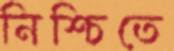
নিশ্চিতে